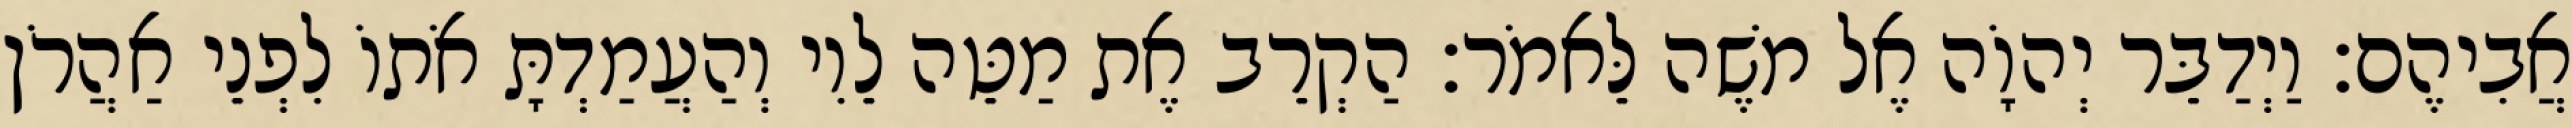
אֲבִיהֶם׃ וַיְדַבֵּר יְהוָֹה אֶל משֶׁה לֵּאמֹר׃ הַקְרֵב אֶת מַטֵּה לֵוִי וְהַעֲמַדְתָּ אֹתוֹ לִפְנֵי אַהֲרֹן